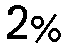
2%